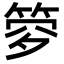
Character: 𥭹